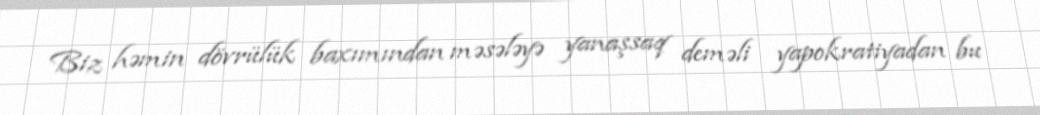
Biz həmin dövrülük baxımından məsələyə yanaşsaq deməli yapokratiyadan bu